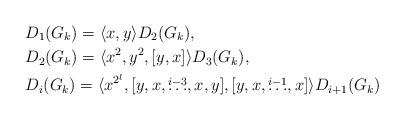
LaTeX: \begin{align*} & D_1(G_k) = \langle x,y \rangle D_2(G_k), \\ & D_2(G_k) = \langle x^2,y^2, [y,x] \rangle D_{3}(G_k), \\ & D_i(G_k) = \langle x^{2^l}, [y,x,\overset{i-3}\ldots,x,y], [y,x,\overset{i-1}{\ldots},x] \rangle D_{i+1}(G_k) \end{align*}